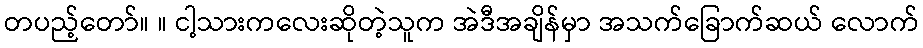
တပည့်တော်။ ။ ငါ့သားကလေးဆိုတဲ့သူက အဲဒီအချိန်မှာ အသက်ခြောက်ဆယ် လောက်